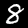
Digit: 8